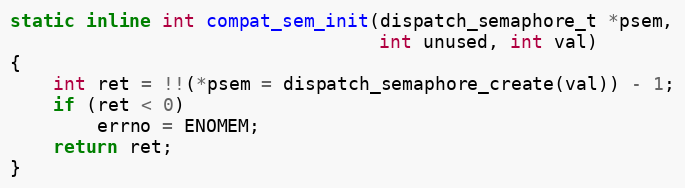
Language: C
static inline int compat_sem_init(dispatch_semaphore_t *psem,
                                  int unused, int val)
{
    int ret = !!(*psem = dispatch_semaphore_create(val)) - 1;
    if (ret < 0)
        errno = ENOMEM;
    return ret;
}